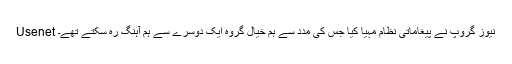
Usenet نیوز گروپ نے پیغاماتی نظام مہیا کیا جس کی مدد سے ہم خیال گروہ ایک دوسرے سے ہم آہنگ رہ سکتے تھے۔